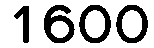
1600